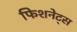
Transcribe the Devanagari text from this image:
फिशनेट्स